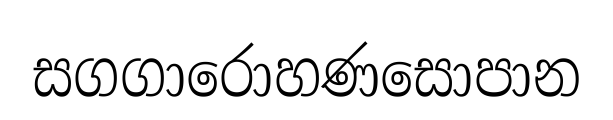
සගගාරොහණසොපාන